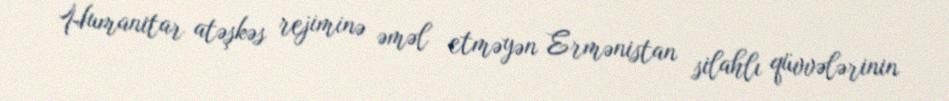
Humanitar atəşkəs rejiminə əməl etməyən Ermənistan silahlı qüvvələrinin